Medical and sanitary report of the native army of Bengal for the year
Year: 1877
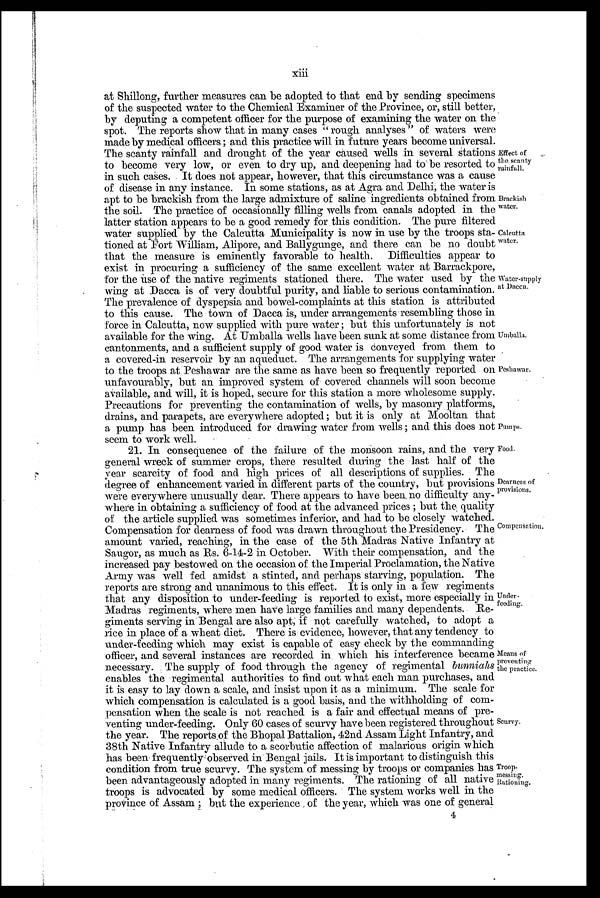
Brackish
water.
Calcutta
water.
xiii
at Shillong, further measures can be adopted to that end by sending specimens
of the suspected water to the Chemical Examiner of the Province, or, still better,
by deputing a competent officer for the purpose of examining the water on the
spot. The reports show that in many cases " rough analyses" of waters were
made by medical officers ; and this practice will in future years become universal.
The scanty rainfall and drought of the year caused wells in several Stations
to become very low, or even to dry up, and deepening had to be resorted to
in such cases. It does not appear, however, that this circumstance was a cause
of disease in any instance. In some stations, as at Agra and Delhi; the water is
apt to be brackish from the large admixture of saline ingredients obtained from
the soil. The practice of occasionally filling wells from canals adopted in the
latter station appears to be a good remedy for this condition. The pure filtered
water supplied by the Calcutta Municipality is now in use by the troops sta-
t i oned at Fort Wi l l i am, Al i pore, and Bal l ygunge, and t here can be no doubt
that the measure is eminently favorable to health. Difficulties appear to
exist in procuring a sufficiency of the same excellent water at Barrackpore,
for the use of the native regiments stationed there. The water used by the
wing at Dacca is of very doubtful purity, and liable to serious contamination.
The prevalence of dyspepsia and bowel-complaints at this station is attributed
to this cause. The town of Dacca is, under arrangements resembling those in
force in Calcutta, now supplied with pure water ; but this unfortunately is not
available for the wing. At Umballa wells have been sunk at some distance from
cantonments, and a sufficient supply of good water is conveyed from them to
a covered-in reservoir by an aqueduct. The arrangements for supplying water
to the troops at Peshawar are the same as have been so frequently reported on
unfavourably, but an improved system of covered channels will soon become
available, and will, it is hoped, secure for this station a more wholesome supply.
Precautions for preventing the contamination of wells, by masonry platforms,
drains, and parapets, are everywhere adopted ; but it is only at Mooltan that
a pump has been introduced for drawing water from wells ; and this does not
seem to work well.
Effect of
the scanty
rainfall.
Water-supply
at Dacca.
Umballa.
Peshawar.
Pumps.
21. In consequence of the failure of the monsoon rains, and the very
general wreck of summer crops, there resulted during the last half of the
year scarcity of food and high prices of all descriptions of supplies. The
degree of enhancement varied in different parts of the country, but provisions
were everywhere unusually dear. There appears to have been, no difficulty any-
where in obtaining a sufficiency of food at the advanced prices ; but the quality
of the article supplied was sometimes inferior, and had to be closely watched.
Compensation for dearness of food was drawn throughout the Presidency. The
amount varied, reaching, in the case of the 5th Madras Native Infantry at
Saugor, as much as Rs. 6-14-2 in October. With their compensation, and the
increased pay bestowed on the occasion of the Imperial Proclamation, the Native
Army was well fed amidst a stinted, and perhaps starving, population. The
reports are strong and unanimous to this effect. It is only in a few regiments
that any disposition to under-feeding is reported to exist, more especially in
Madras regiments, where men have large families and many dependents. Re-
giments serving in Bengal are also apt, if not carefully watched, to adopt a
rice in place of a wheat diet. There is evidence, however, that any tendency to
under-feeding which may exist is capable of easy check by the commanding
officer, and several instances are recorded in which his interference became
necessary. . The supply of food through the agency of regimental b u n n i a h s
enables the 'regimental authorities to find out what each man purchases, and
it is easy to lay down a scale, and insist upon it as a minimum. The scale for
which compensation is calculated is a good basis, and the withholding of com-
pensation when the scale is not reached is a fair and effectual means of pre-
venting under-feeding. Only 60 cases of scurvy have been registered throughout
the year. The reports of the Bhopal Battalion, 42nd Assam Light Infantry, and
38th Native Infantry allude to a scorbutic affection of malarious origin which
has been frequently observed in Bengal jails. It is important to distinguish this
condition from true scurvy. The system of messing by troops or companies has
been advantageously adopted in many regiments. The rationing of all native
troops is advocated by some medical officers. The system works well in the
province of Assam ; but the experience of the year, which was one of general
4
Food .
Dearness of
provisions.
Compensation.
Under-
feeding.
Means of
preventing
the practice.
Scurvy.
Troop-
messing.
Rationing.